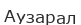
Аузарал